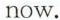
now.